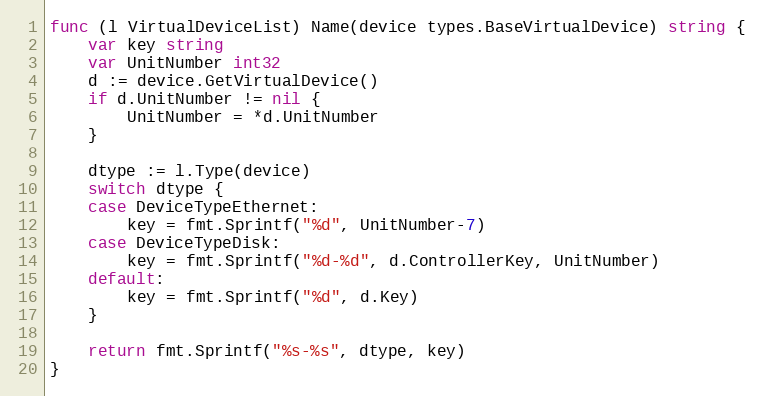
Language: Go
func (l VirtualDeviceList) Name(device types.BaseVirtualDevice) string {
	var key string
	var UnitNumber int32
	d := device.GetVirtualDevice()
	if d.UnitNumber != nil {
		UnitNumber = *d.UnitNumber
	}

	dtype := l.Type(device)
	switch dtype {
	case DeviceTypeEthernet:
		key = fmt.Sprintf("%d", UnitNumber-7)
	case DeviceTypeDisk:
		key = fmt.Sprintf("%d-%d", d.ControllerKey, UnitNumber)
	default:
		key = fmt.Sprintf("%d", d.Key)
	}

	return fmt.Sprintf("%s-%s", dtype, key)
}